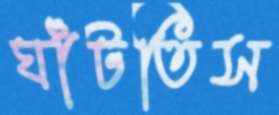
ঘাঁটতিস